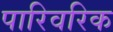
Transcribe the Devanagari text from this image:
पारिवरिक